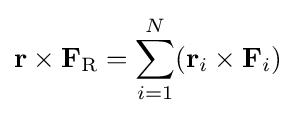
\mathbf {r} \times \mathbf {F} _{\mathrm {R} }=\sum _{i=1}^{N}(\mathbf {r} _{i}\times \mathbf {F} _{i})